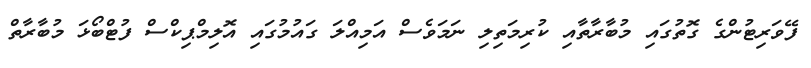
ފޭވަރިޓުންގެ ގޮތުގައި މުބާރާތާއި ކުރިމަތިލި ނަމަވެސް އަމިއްލަ ގައުމުގައި އޮލިމްޕިކްސް ފުޓްބޯޅަ މުބާރާތް